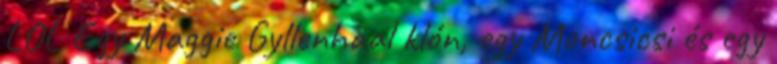
LOL Egy Maggie Gyllenhaal klón, egy Moncsicsi és egy